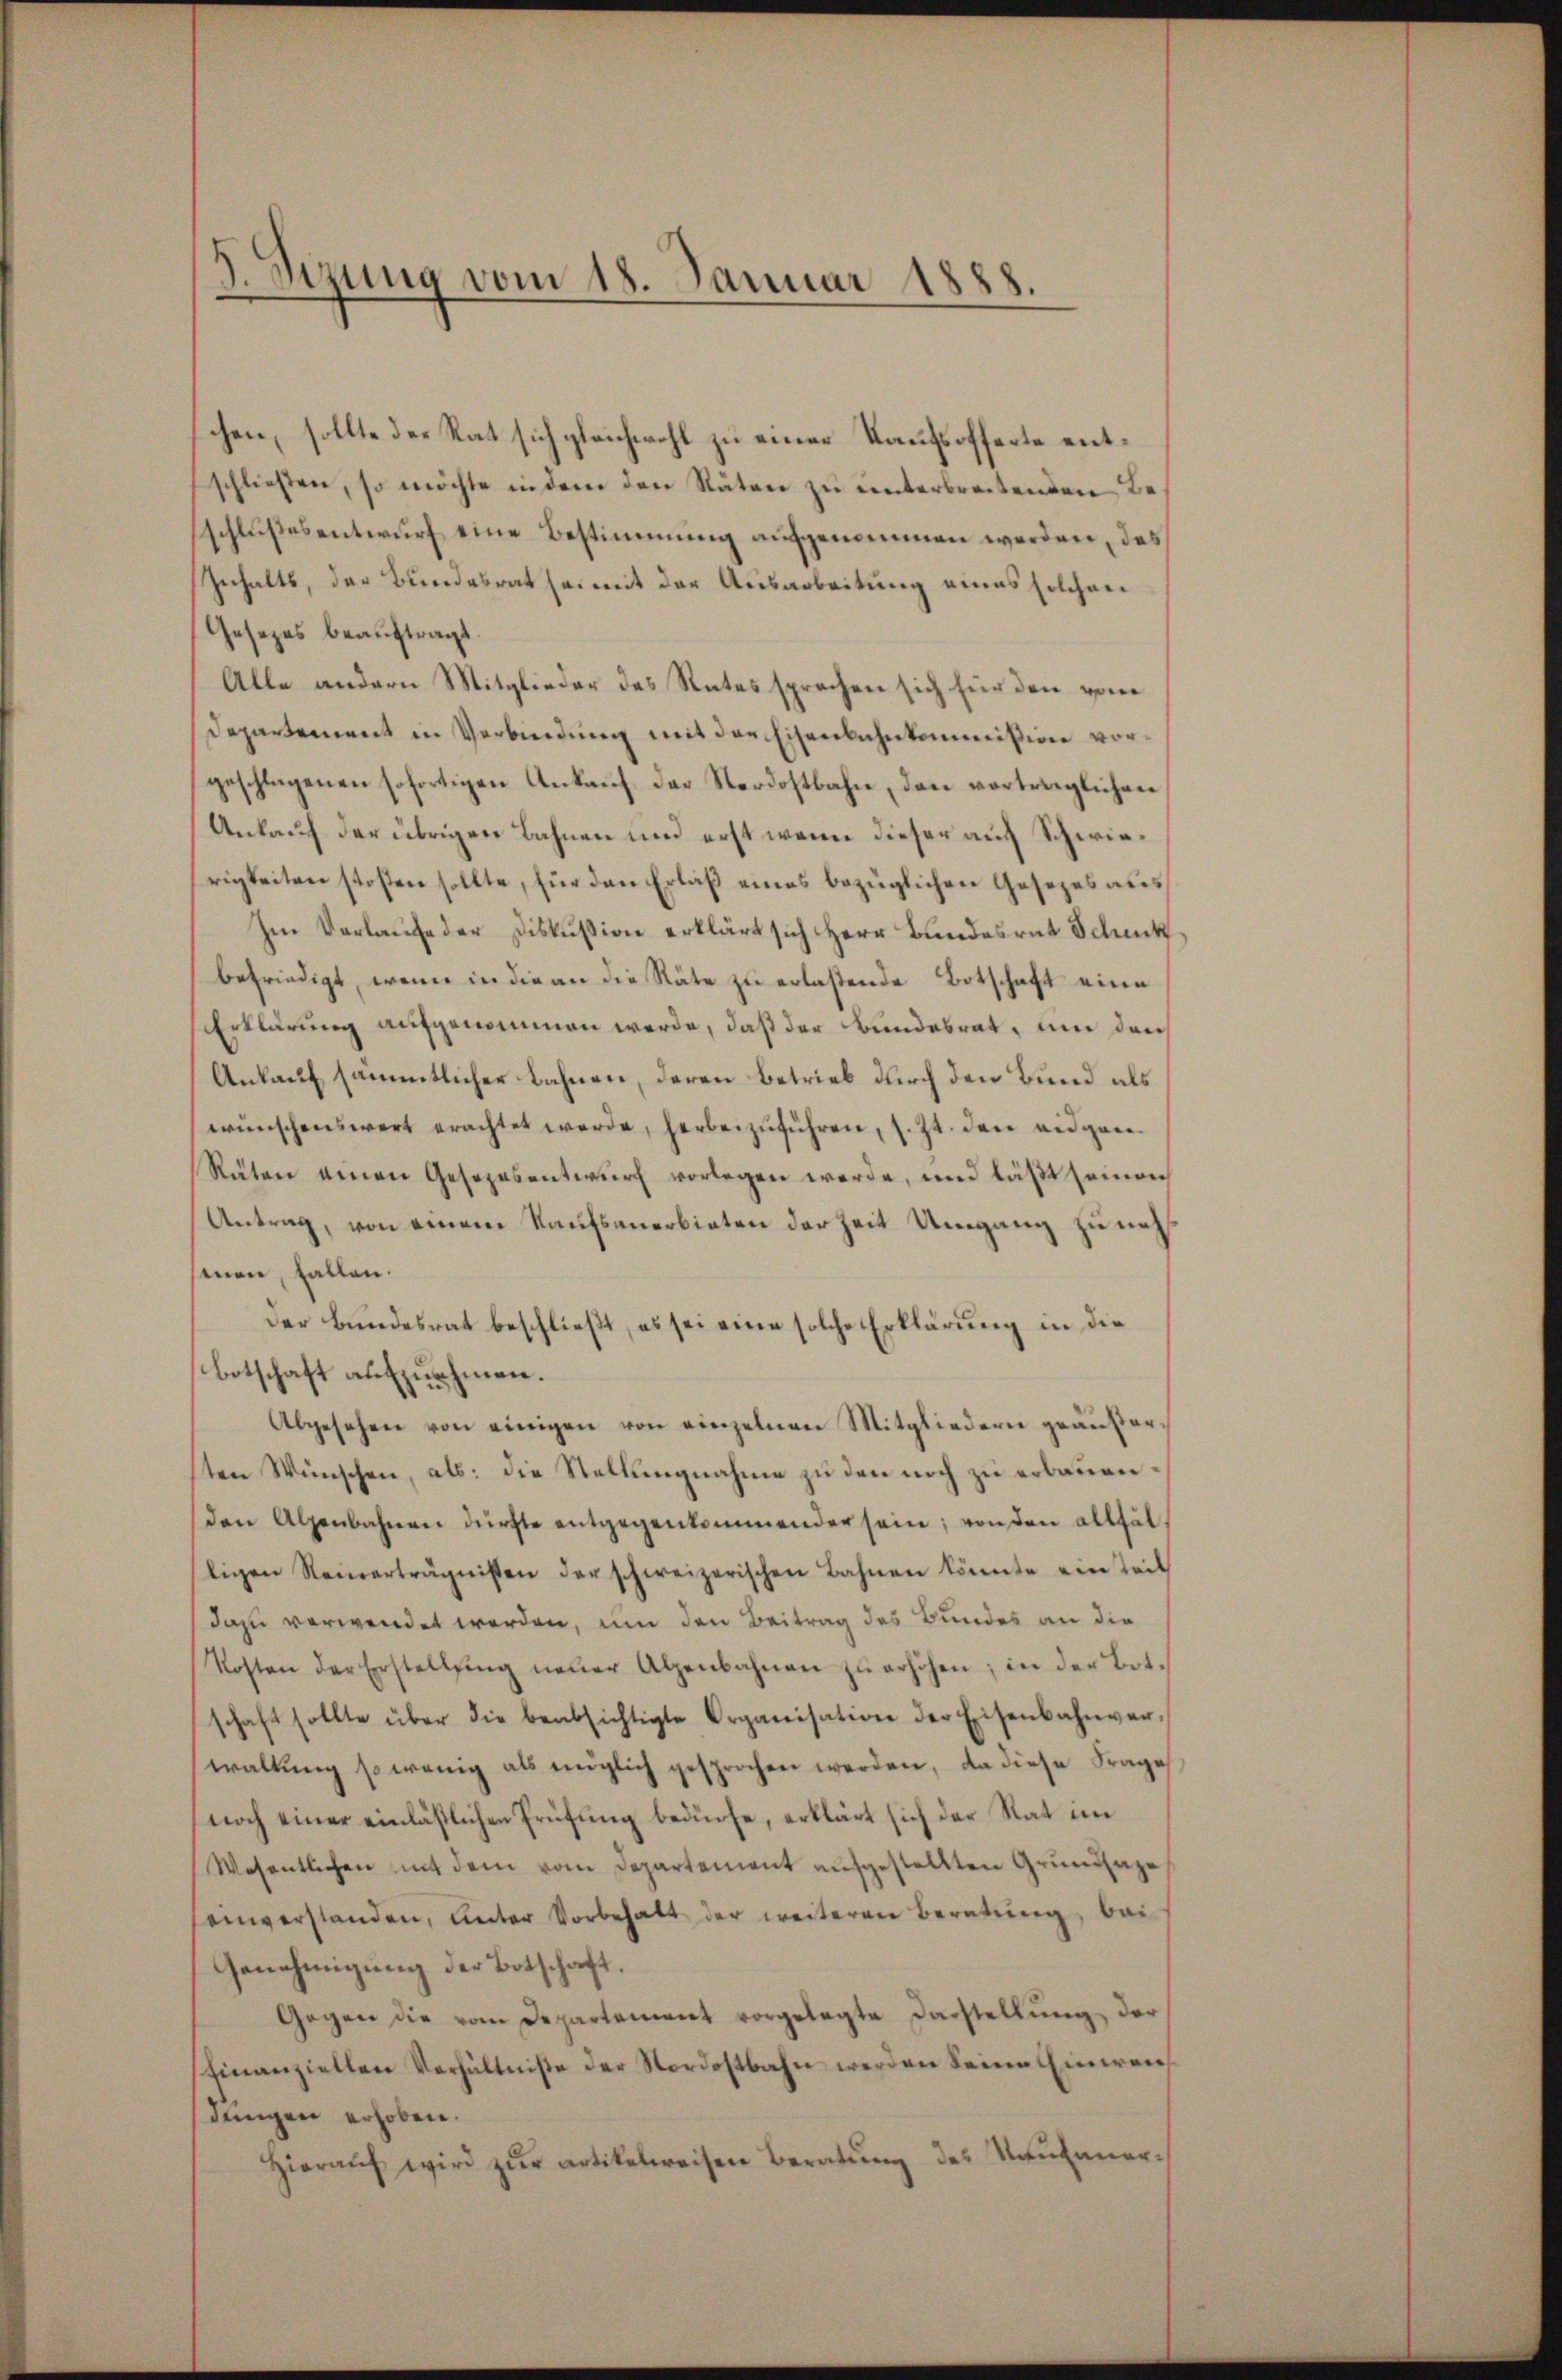
J. Sitzung vom 18. Januar 1888.

chen, sollte der Rat sich gleichwohl zu einer Kaufsofferte entschließen, so möchte in dem den Räten zu unterbreitenden Beschlußesentwurf eine Bestimmung aufgenommen werden, das
Inhalts, der Bundesrat sei mit der Ausarbeitung eines solchen
Gesezes beauftragt.
Alle andern Mitglieder des Rates sprachen sich für den von
Departement in Verbindŭng mit der Eisenbahnkommißion vorgeschlagenen sofortigen Ankauf der Nordostbahn, dann vorträglichen
Ankauf der übrigen Bahnen und erst wenn dieser auch Schwierigkeiten stoßen sollte, für den Erlaß eines bezüglichen Gesezes aus¬
Im Verlaufe der Diskussion erklärt sich Herr Bundesrat Schick
befriedigt, wenn in die an die Räte zu erlaßende Botschaft eine
Erklärung aufgenommen werde, daß der Bundesrat, um den
Ankauf sämmtlicher Bahnen, deren Betrieb durch den Bund als
wünschenswert erachtet werde, herbeizŭführen, s. Zt. den eidgen
Räten einen Gesezesentwurf vorlegen werde, und läßt seinen
Antrag, von einem Kaufsanerbieten der Zeit Umgang zu nehmen, fallen.
Der Bundesrat beschließt, es sei eine solche Erklärung in die
botschaft aufnehmen.
Abgesehen von einigen von einzelnen Mitgliedern geäußer
ten Wünschen, als: die Stellungnahme zu den noch zu erbauen,
den Alpenbahnen dürfte entgegenkommender sein; von den allfälligen Steinerträgnissen der schweizerischen Bahnen könnte ein Teil
dazu verwendet werden, um den Beitrag des Bundes an die
Kosten der Erstellŭng neŭer Alpenbahnen zŭ erhöhen; in der Bot-
schaft sollte über die beabsichtigte Organisation der Eisenbahnver-
waltung so wenig als möglich gesprochen werden, da diese Frage
noch einer einläßlichen Prüfung bedürfe, erklärt sich der Rat im
Wesentlichen mit dem vom Departement aŭfgestellten Grundsaze
einverstanden, unter Vorbehalt der weiteren Beratŭng bei
Genehmigung der Botschaft.
Gegen die vom Departement vorgelegte Darstellŭng der
finanziellen Verhältniße der Nordostbahn werden Seine Einweis
dungen erhoben.
Hieraŭf wird zŭr artikelweisen Beratŭng des Neuhauer-